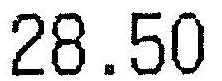
28.50